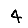
Digit: 4